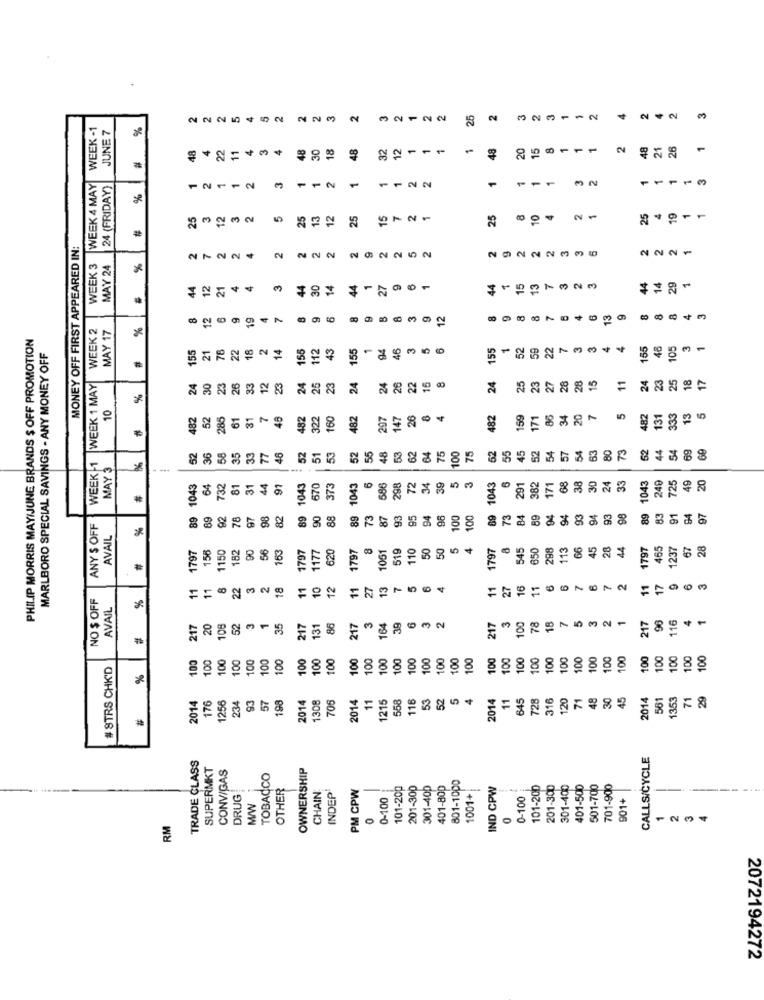
2
25
3
3
2
2
3
WEEK -1
JUNE 7
%
2225 4 5 2
22
242
48
30
18
48
32
12
48
20
15
48
21
26
18
22
-
-
1
=
WEEK 4 MAY
24 (FRIDAY)
-
-
1
1
1
# %
1
25
12
3
25
13
12
25
15
25
10
25
19
2
MONEY OFF FIRST APPEARED IN:
2
2
2222 282252
29222336
222
WEEK 3
MAY 24
# %
44
12
21
44
30
14
44
27
44
15
13
44
14
29
4
-
12
19
12
13
WEEK 2
MAY 17
# %
PHILIP MORRIS MAY/JUNE BRANDS $ OFF PROMOTION
155
21
76
22
18
2
14
155
112
43
155
1
94
46
3
155
52
59
22
155
46
105
MARLBORO SPECIAL SAVINGS - ANY MONEY OFF
23
26
27
28
15
24
23
25
WEEK 1 MAY
24
30
33
12
23
24
25
23
24
24
26
22
15
24
25
23
28
11
# %
10
482
52
285
61
31
7
482
322
160
482
207
147
26
8
4
482
159
171
86
34
20
7
482
131
333
13
36
58
35
33
77
46
52
53
62
64
45
54
54
63
80
73
52
44
54
WEEK 1
52
52
51
53
55
48
75
100
75
52
55
52
57
MAY 3
69
6
72
34
5
382
68
38
30
24
33
240
49
20
1043
732
81
31
44
91
1043
670
373
1043
586
298
39
3
1043
291
171
1043
725
#
89
69
92
78
97
98
82
89
90
88
89
73
87
93
95
94
98
100
100
69
73
84
89
94
94
93
94
93
98
89
83
91
94
97
ANY $ OFF
# %
AVAIL
1797
155
1150
182
90
56
163
1797
620
1797
8
1051
519
110
50
50
5
4
1797
545
850
298
113
66
45
28
44
1797
465
1237
67
28
1177
11
8
22
3
11
10
12
11
27
13
7
11
27
16
11
17
NO $ OFF
# %
11
=
A
AVAIL
3
18
217
20
108
52
35
217
131
86
217
164
39
6
m
217
100
78
-
217
96
116
1
2
100
100
100
100
100
100
100
100
100
100
100
100
100
100
100
100
100
100
100
100
100
100
100
100
100
100
100
100
100
100
100
100
100
100
#STRS CHK'D
%
93
57
198
706
2014
11
215
558
116
53
52
5
4
2014
11
645
728
316
120
71
48
30
45
2014
561
1353
71
29
2014
176
1256
234
2014
1308
#
TRADE CLASS
CALLS/CYCLE
SUPERMKT
CONVIGAS
OWNERSHIP
TOBACCO
801-1000
DRUG!
OTHER
PM CPW
101-200
201-300
301-400
401-800
1001+
IND CPW
101-200
201-300
301-400
401-500
501-700
701-900
CHAIN
INDEP
0-100
0-100
901+
0
0
RM
2072194272